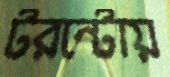
টরন্টোয়